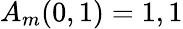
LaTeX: A_{m}(0,1)=1,1